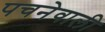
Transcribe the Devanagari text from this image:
पचनेवाली